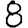
Digit: 8